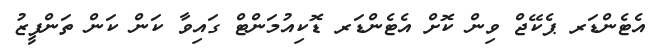
އެޓެންޑަރ ޕެކޭޖް ވިން ކޮށް އެޓެންޑަރ ޑޮކިއުމަންޓް ގައިވާ ކަން ކަން ތަންފީޒު